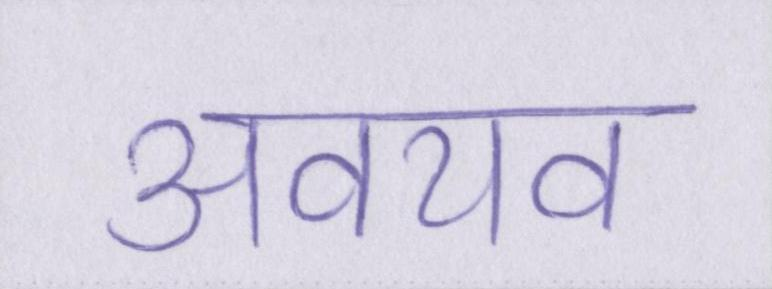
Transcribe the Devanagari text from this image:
अवयव